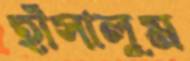
হাঁসালুম